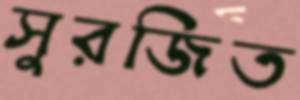
সুরজিত